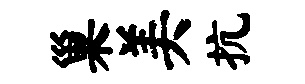
巢美抗